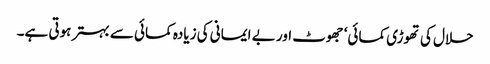
حلال کی تھوڑی کمائی‘ جھوٹ اور بے ایمانی کی زیادہ کمائی سے بہتر ہوتی ہے۔